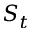
S _ { t }